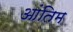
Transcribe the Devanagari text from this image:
आंतिम